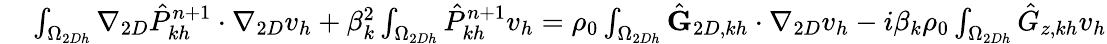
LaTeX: \begin{array}{rl}{\small}&{{}\int_{\Omega_{2Dh}}\nabla_{2D}\hat{P}_{kh}^{n+1}\cdot\nabla_{2D}v_{h}+\beta_{k}^{2}\int_{\Omega_{2Dh}}\hat{P}_{kh}^{n+1}v_{h}=\rho_{0}\int_{\Omega_{2Dh}}\hat{\textbf{G}}_{2D,kh}\cdot\nabla_{2D}v_{h}-i\beta_{k}\rho_{0}\int_{\Omega_{2Dh}}\hat{G}_{z,kh}v_{h}}\end{array}